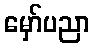
မှော်ပညာ